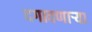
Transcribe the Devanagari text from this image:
दगावणाऱ्या